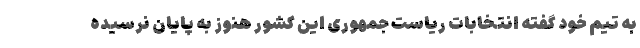
به تیم خود گفته انتخابات ریاست جمهوری این کشور هنوز به پایان نرسیده